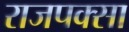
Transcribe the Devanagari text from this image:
राजपक्सा